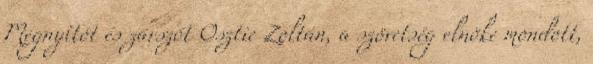
Megnyitót és zárszót Osztie Zoltán, a szövetség elnöke mondott,